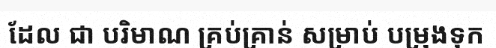
ដែល ជា បរិមាណ គ្រប់គ្រាន់ សម្រាប់ បម្រុងទុក